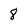
Character: 8